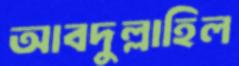
আবদুল্লাহিল